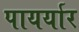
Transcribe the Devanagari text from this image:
पायर्यार